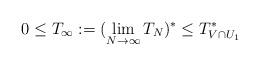
LaTeX: \begin{align*} 0 \le T_\infty:= (\lim_{N \to \infty} T_N)^* \le T^*_{V \cap U_1}\end{align*}